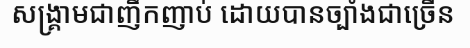
សង្គ្រាមជាញឹកញាប់ ដោយបានច្បាំងជាច្រើន